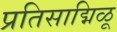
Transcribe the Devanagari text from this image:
प्रतिसाद्मिळू